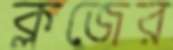
ক্লজের